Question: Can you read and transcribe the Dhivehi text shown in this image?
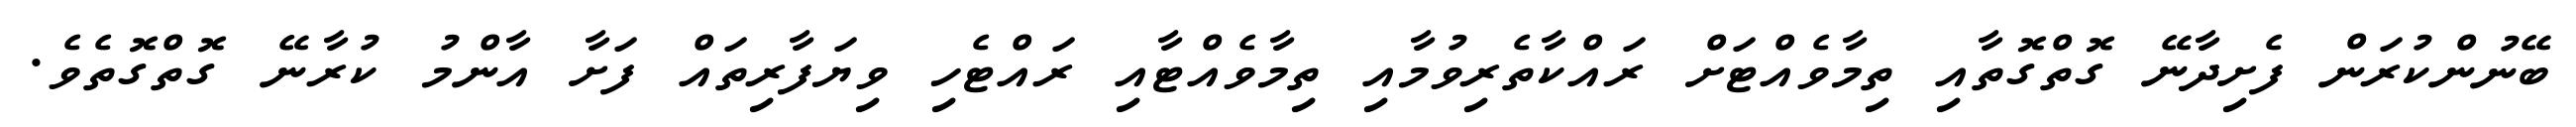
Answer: ބޭނުންކުރަން ފެށިދާނޭ ގޮތްގޮތާއި ތިމާވެއްޓަށް ރައްކާތެރިވުމާއި ތިމާވެއްޓާއި ރައްޓެހި ވިޔަފާރިތައް ފަށާ އާންމު ކުރާނޭ ގޮތްގޮތެވެ.